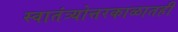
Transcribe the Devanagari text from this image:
स्वातंत्र्योत्तरकाळातही